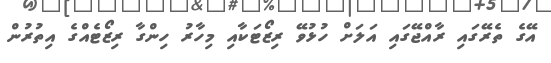
އޭގެ ތެރޭގައި ރާއްޖޭގައި އަލަށް ހުޅުވޭ ރިޒޯޓަކާއި މިހާރު ހިންގާ ރިޒޯޓެއްގެ އިތުރުން